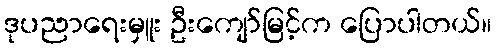
ဒုပညာရေးမှူး ဦးကျော်မြင့်က ပြောပါတယ်။